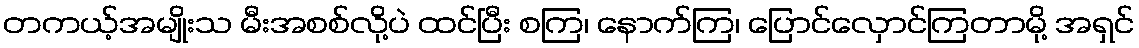
တကယ့်အမျိုးသ မီးအစစ်လို့ပဲ ထင်ပြီး စကြ၊ နောက်ကြ၊ ပြောင်လှောင်ကြတာမို့ အရှင်